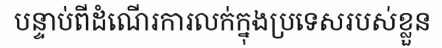
បន្ទាប់ពីដំណើរការលក់ក្នុងប្រទេសរបស់ខ្លួន